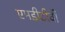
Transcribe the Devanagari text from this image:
एमडीटीवी